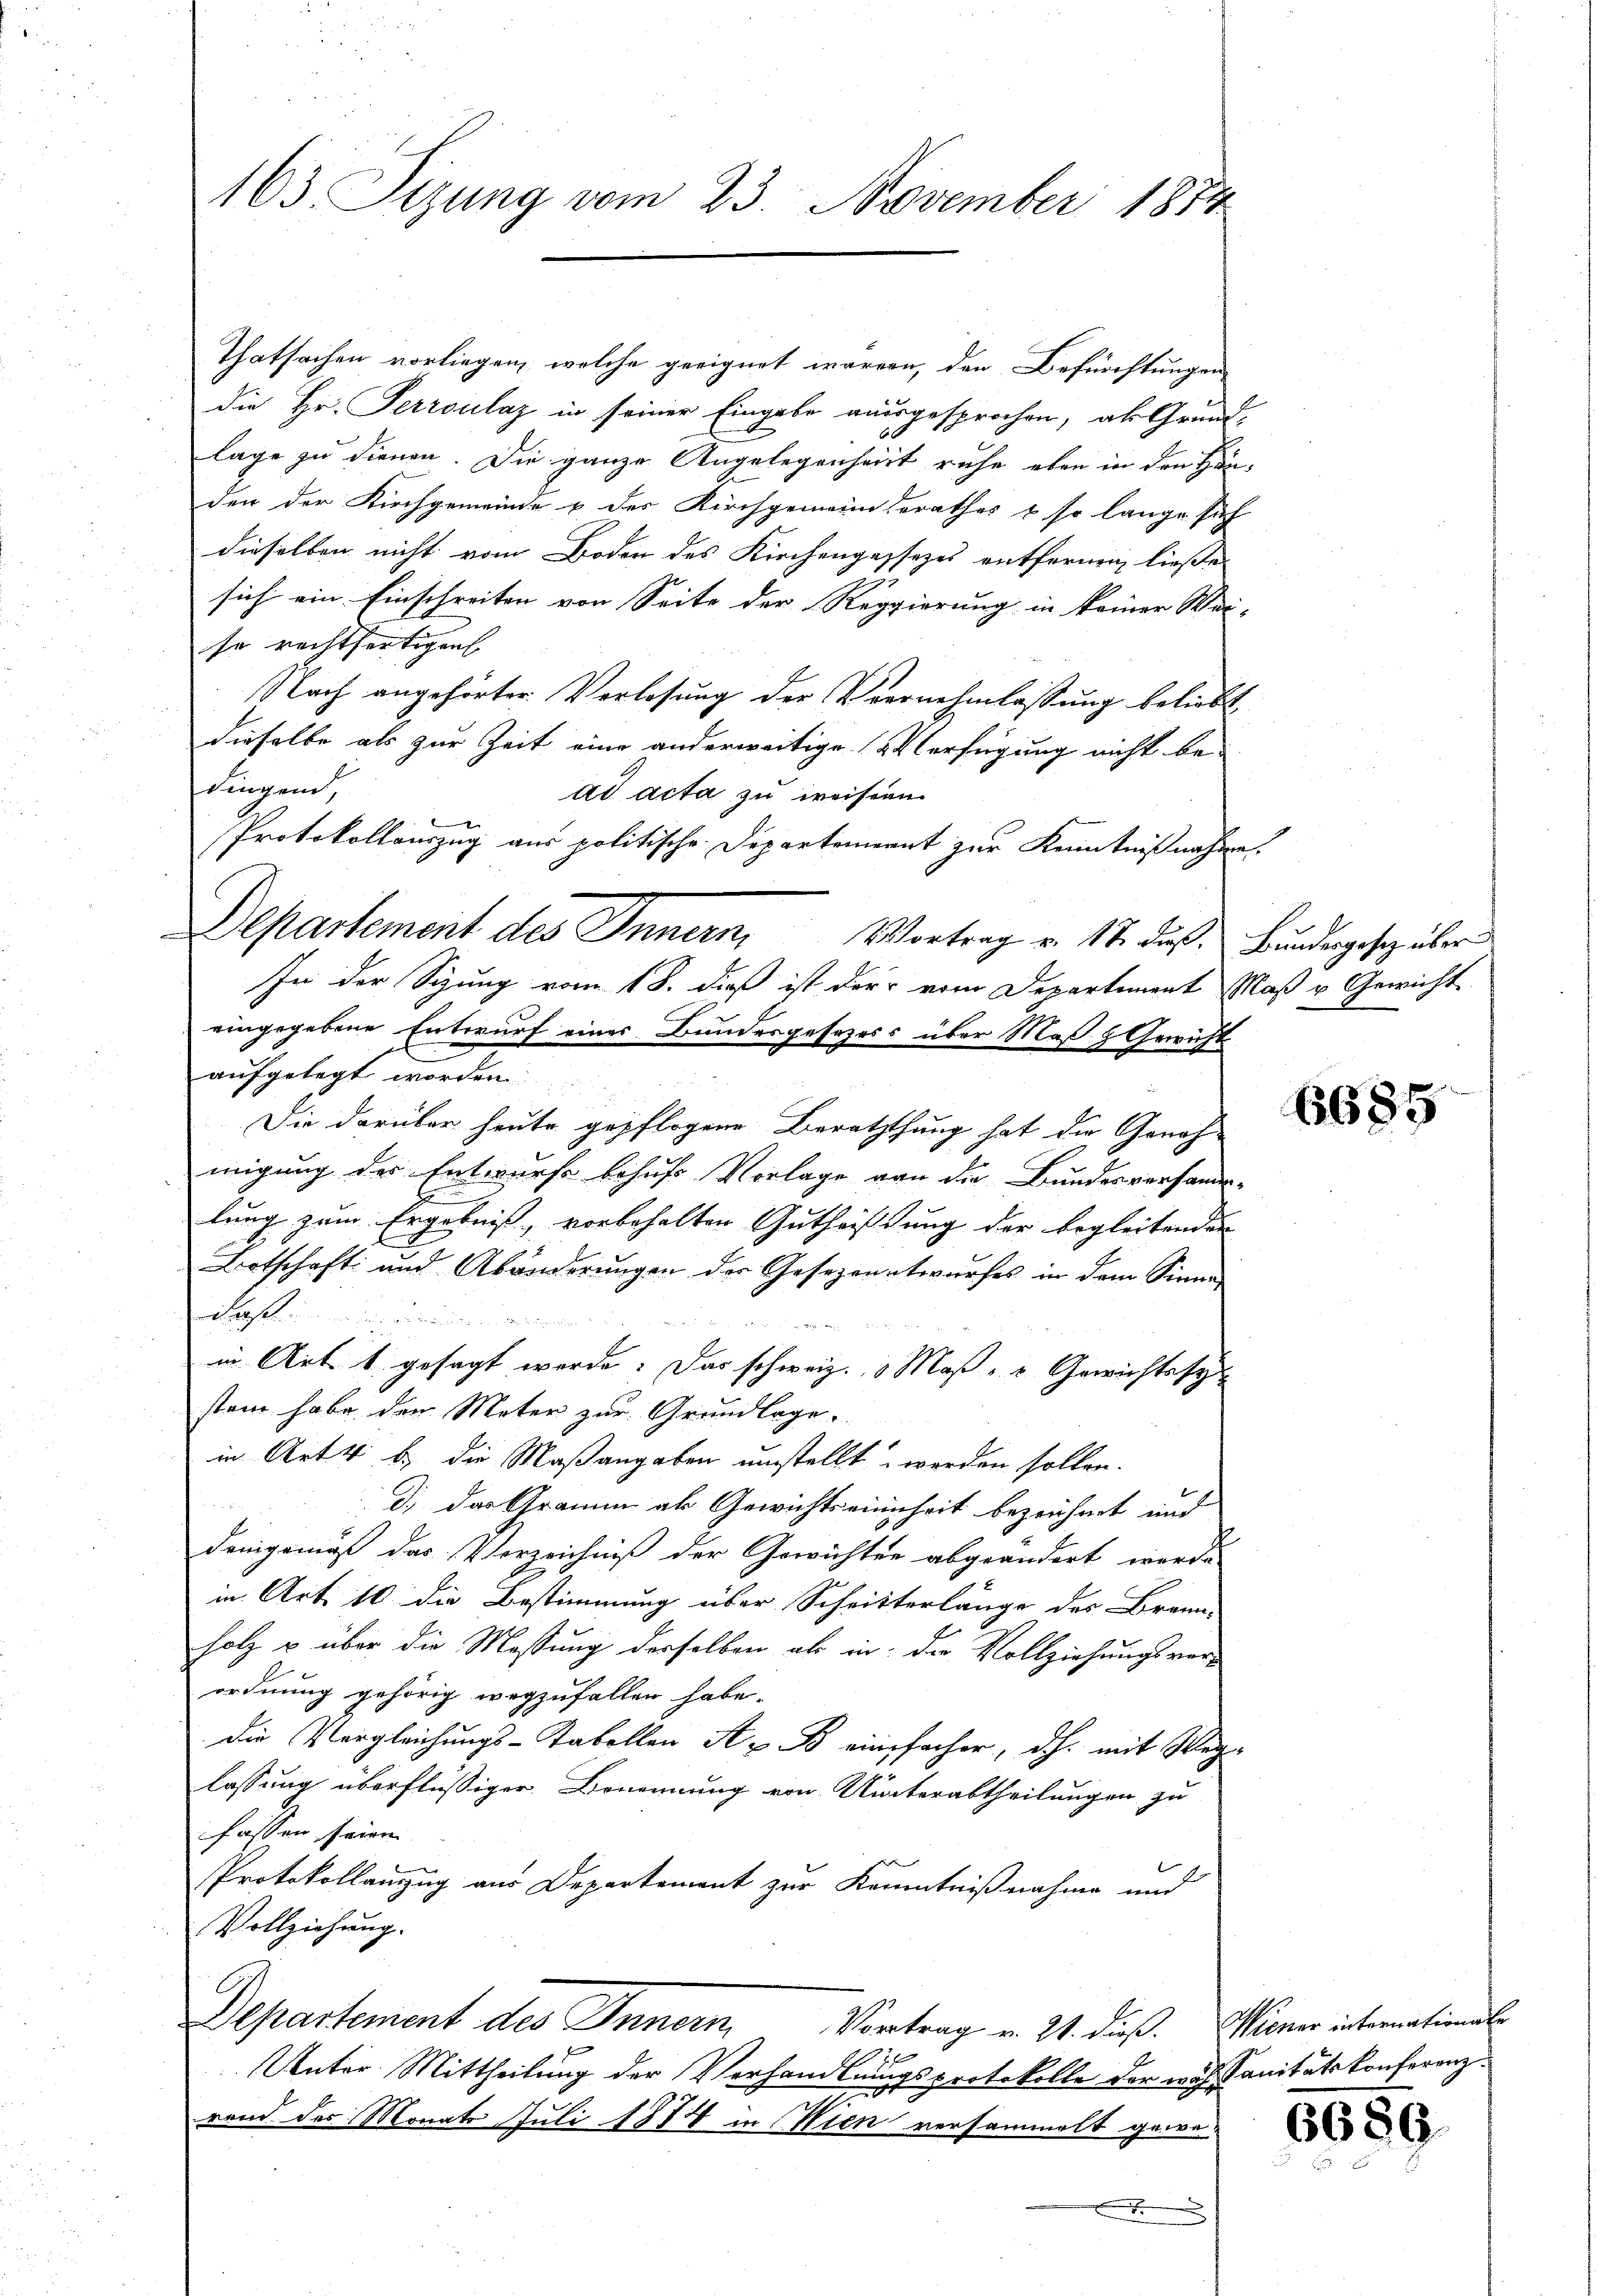
163 Sizung vom 23. November 1874

Thatsachen vorliegen, welche geeignet waren, den Befürchtungen
die Hr. Perroulaz in seiner Eingabe ausgesprochen, als Grund-
lage zu dienen. Die ganze Angelegenheit ruhe eben in den Häuden der Kirchgemeinde & des Kirchgemeinderathes & so lange sich
dieselben nicht vom Boden des Kirchengassezes entfernen, ließe
2
sich ein Einschreiben von Seite der Regierung in keiner Wei-
se rechtfertigen
Nach angehörter Verlosung der Vernehmlassung beliebt,
dieselbe als zur Zeit eine anderweitige Verfügung nicht be-
dingend
ad acta zu weisen
Protokollauszug aus politische Departement zur Kenntnißnahme.
Departement des Innern, Vortrag v. 17. des Bundergesetz über
In der Sigung vom 18. dieß ist der vom Departement Maß u. Gewicht
eingegebene Entwurf eines Bundesgesezess über Maß & Gewichts
aufgelegt worden
Die darüber heute gepflogene Beraththung hat die Geneh-
migung des Entwurfe behufs Vorlage von die Bundesverhande-
lung zum Ergebniß, vorbehalten Guthaftung der begleitender
Botschaft und Abänderungen der Gesezeantwurfes in dem Sinne
Basel u. eine gemeinden in werden
n
in Art. 1 gesagt werde. Das schweiz. Maß- u Gewichtssy-
stem habe den Meter zur Grundlage.
in Art 4. b.) die Maßangaben unstellt werden sollen.
d.) das Gramm als Gewichtseinnheit bezeichnet und
demgemäß das Vorzeichniß der Gewichter abgeändert werde
in Art. 10 die Bestimmung über Schritterlänge des Brann-
holz & über die Messung derselben als in die Vollziehungsver-
ordnung gehörig wegzufallen habe.
Die Vergleichungs-Tabellen A B einfacher, dh. mit Weg
lassung überflüssiger Benennung von Winterabtheilungen zu
fassen, seien.
Protokollanzug aus Departement zur Kenntnißnahme und
Vollziehung.
Departement des Innern Vortrag v. 21. dieß. Miner internationale
12
Unter Mittheilung der Verhandlungsprotokolle der wach Sanitätskonferenz¬
2
rend der Monats Juli 1874 in Wien versammelt gewa
x

6685